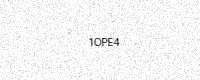
Text: 1OPE4